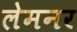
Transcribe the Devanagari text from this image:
लेमनर